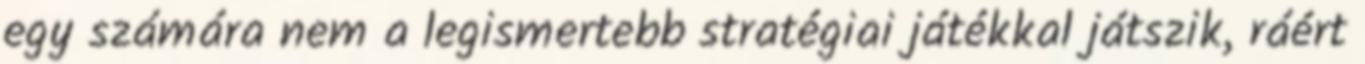
egy számára nem a legismertebb stratégiai játékkal játszik, ráért